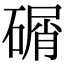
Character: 碿